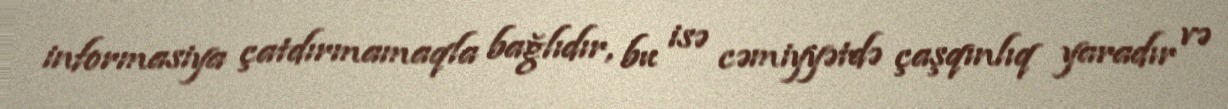
informasiya çatdırmamaqla bağlıdır, bu isə cəmiyyətdə çaşqınlıq yaradır və